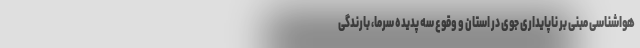
هواشناسی مبنی بر ناپایداری جوی در استان و وقوع سه پدیده سرما، بارندگی